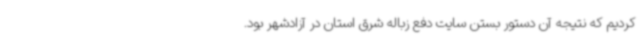
کردیم که نتیجه آن دستور بستن سایت دفع زباله شرق استان در آزادشهر بود.